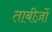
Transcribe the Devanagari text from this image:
ताबीज़ों